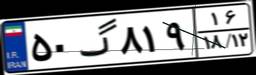
۵۰گ۸۱۹۱۶